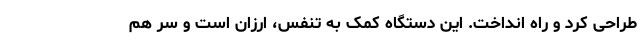
طراحی کرد و راه انداخت. این دستگاه کمک به تنفس، ارزان است و سر هم